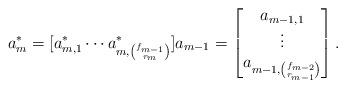
LaTeX: \begin{align*} a_{m}^*=[a^*_{m,1}\cdots a^*_{m,{f_{m-1}\choose r_{m}}}] a_{m-1}=\begin{bmatrix} a_{m-1,1}\\ \vdots\\ a_{m-1, {f_{m-2}\choose r_{m-1}}} \end{bmatrix}. \end{align*}